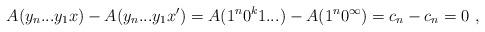
LaTeX: \begin{align*}A(y_n...y_1x) - A(y_n...y_1x') =A(1^n0^k1...) - A(1^n 0^\infty) =c_n - c_n = 0 \ ,\end{align*}